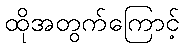
ထိုအတွက်ကြောင့်